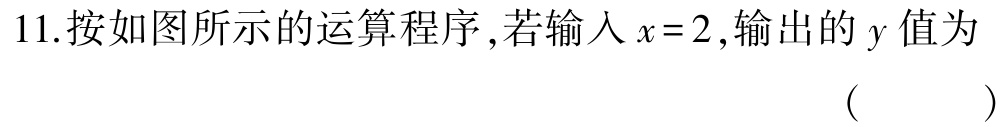
11.按如图所示的运算程序,若输入\(x = 2\),输出的\(y\)值为 （  ）